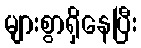
များစွာရှိနေပြီး